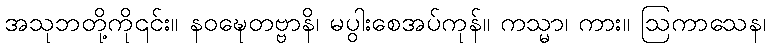
အသုဘတို့ကို၎င်း။ နဝဍ္ဎေတဗ္ဗာနိ၊ မပွါးစေအပ်ကုန်။ ကသ္မာ၊ ကား။ ဩကာသေန၊